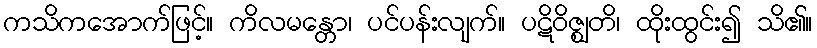
ကသိကအောက်ဖြင့်။ ကိလမန္တော၊ ပင်ပန်းလျက်။ ပဋိဝိဇ္ဈတိ၊ ထိုးထွင်း၍ သိ၏။